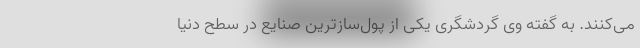
می‌­کنند. به گفته وی گردشگری یکی از پول­‌سازترین صنایع در سطح دنیا